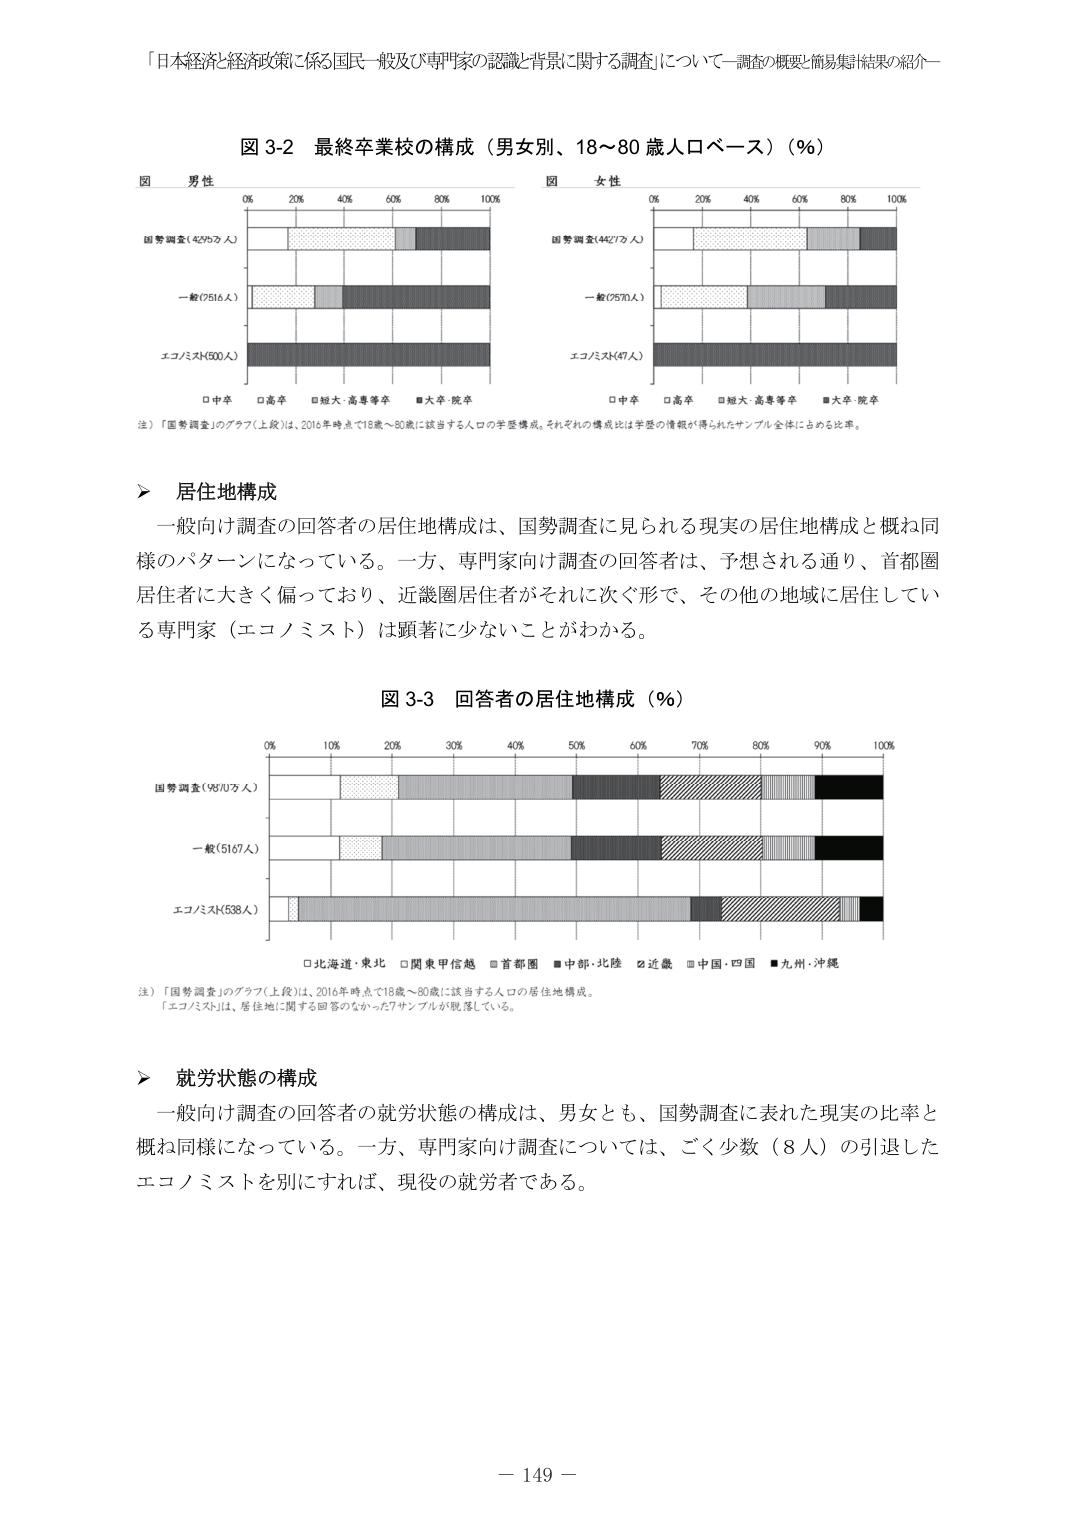
「日本経済と経済政策に係る国民一般及び専門家の認識と背景に関する調査」について－調査の概要と簡易集計結果の紹介－

図 3-2 最終卒業校の構成（男女別、18～80 歳人口ベース）（％）

図 男性
0% 20% 40% 60% 80% 100%
国勢調査（4275万人）
一般（7516人）
エコノミスト（500人）
□中卒 □高卒 □短大・高専等卒 ■大学・院卒

図 女性
0% 20% 40% 60% 80% 100%
国勢調査（4427万人）
一般（7570人）
エコノミスト（47人）
□中卒 □高卒 □短大・高専等卒 ■大学・院卒

注）「国勢調査」のグラフ（上段）は、2016年時点で18歳～80歳に該当する人口の学歴構成。それぞれの構成比は学歴の情報が得られたサンプル全体に占める比率。

▶ 居住地構成
一般向け調査の回答者の居住地構成は、国勢調査に見られる現実の居住地構成と概ね同様のパターンになっている。一方、専門家向け調査の回答者は、予想される通り、首都圏居住者に大きく偏っており、近畿圏居住者がそれに次ぐ形で、その他の地域に居住している専門家（エコノミスト）は顕著に少ないことがわかる。

図 3-3 回答者の居住地構成（％）

0% 10% 20% 30% 40% 50% 60% 70% 80% 90% 100%
国勢調査（9570万人）
一般（5167人）
エコノミスト（538人）
□北海道・東北 □関東甲信越 □首都圏 ■中部・北陸 □近畿 □中国・四国 ■九州・沖縄

注）「国勢調査」のグラフ（上段）は、2016年時点で18歳～80歳に該当する人口の居住地構成。
「エコノミスト」は、居住地に関する回答のなかった7サンプルが脱落している。

▶ 就労状態の構成
一般向け調査の回答者の就労状態の構成は、男女とも、国勢調査に表れた現実の比率と概ね同様になっている。一方、専門家向け調査については、ごく少数（8人）の引退したエコノミストを別にすれば、現役の就労者である。

－ 149 －